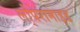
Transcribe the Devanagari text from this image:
लोपेरामाइड